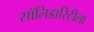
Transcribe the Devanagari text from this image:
सॉलिडारिटीला